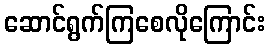
ဆောင်ရွက်ကြစေလိုကြောင်း